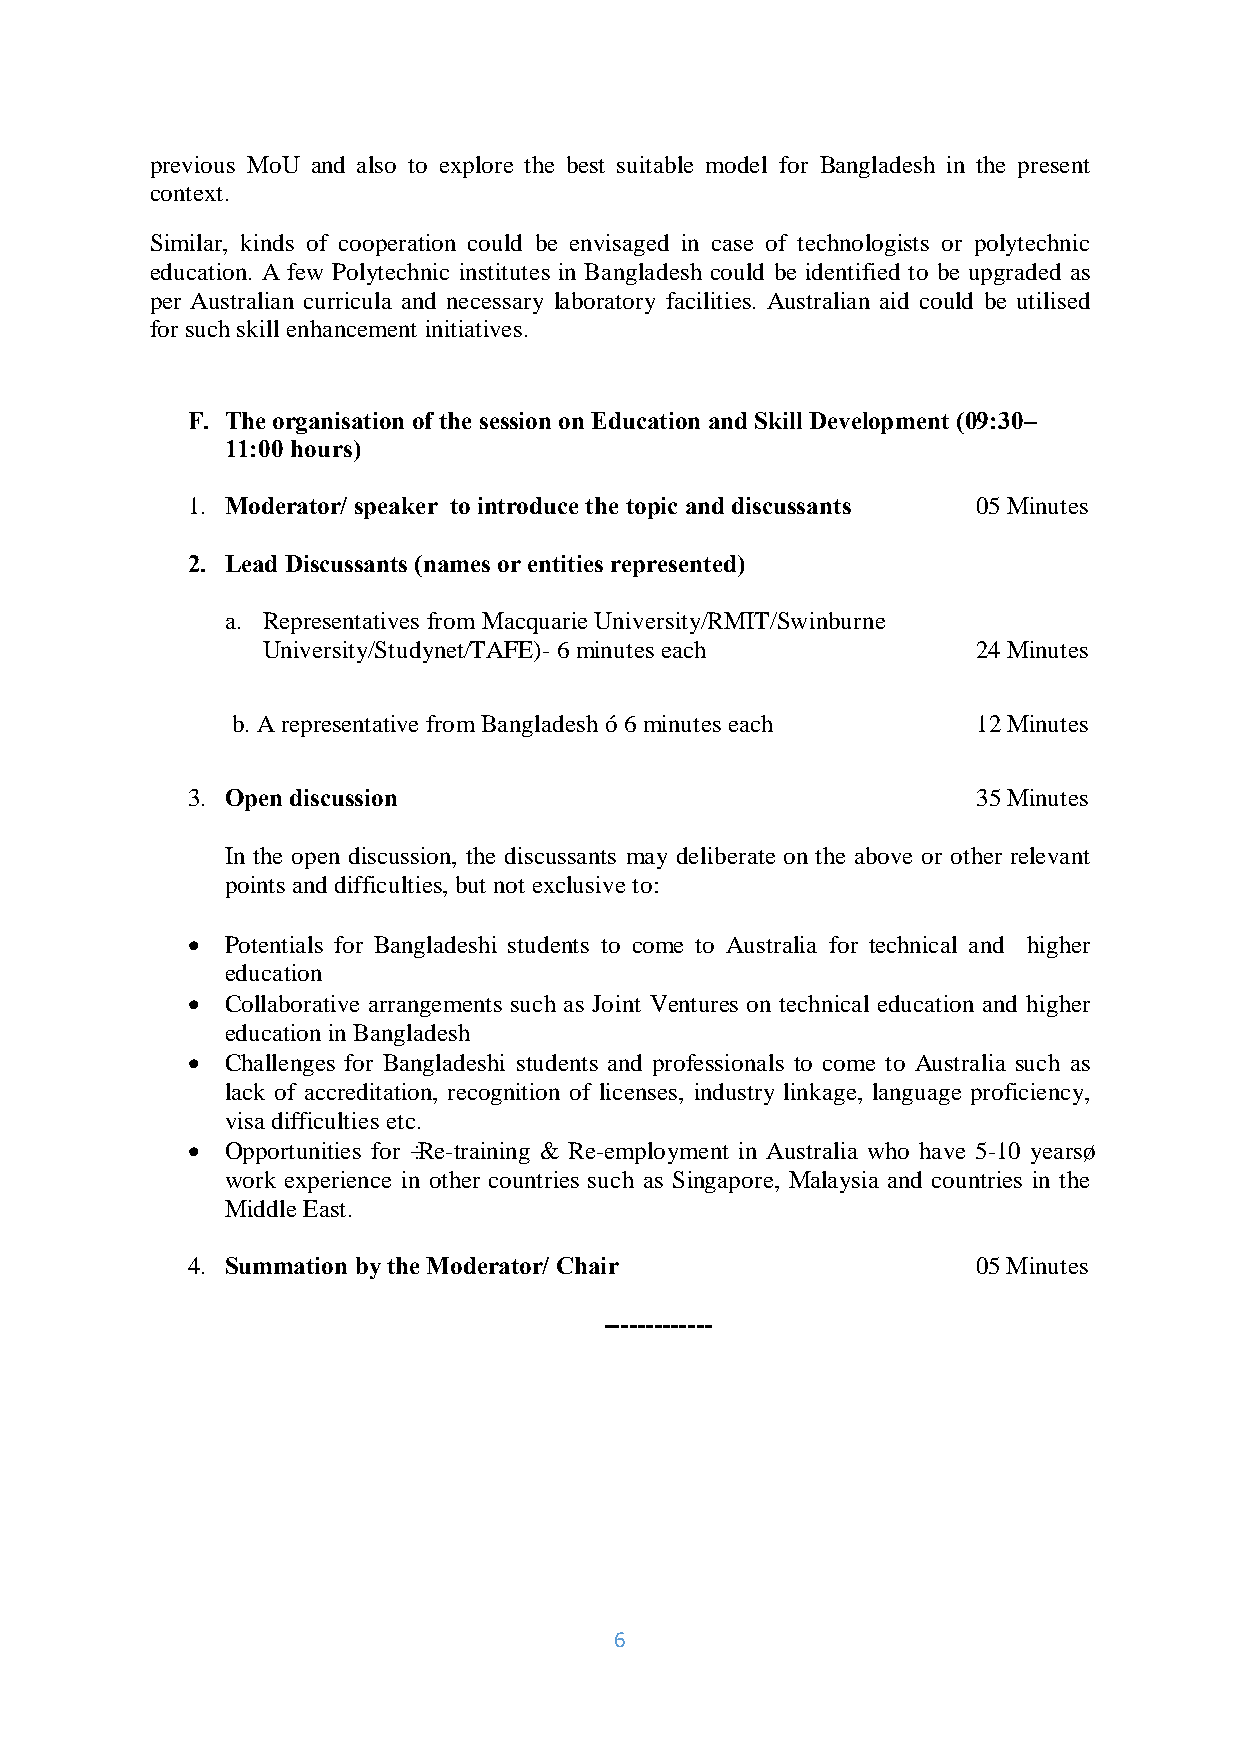
previous MoU and also to explore the best suitable model for Bangladesh in the present
 context.
 Similar, kinds of cooperation could be envisaged in case of technologists or polytechnic
 education. A few Polytechnic institutes in Bangladesh could be identified to be upgraded as
 per Australian curricula and necessary laboratory facilities. Australian aid could be utilised
 for such skill enhancement initiatives.
 F. The organisation of the session on Education and Skill Development (09:30–
 11:00 hours)
 1. Moderator/ speaker to introduce the topic and discussants 05 Minutes
 2. Lead Discussants (names or entities represented)
 a. Representatives from Macquarie University/RMIT/Swinburne
 University/Studynet/TAFE)- 6 minutes each       24 Minutes
 b. A representative from Bangladesh – 6 minutes each 12 Minutes
 3. Open discussion                                   35 Minutes
 In the open discussion, the discussants may deliberate on the above or other relevant
 points and difficulties, but not exclusive to:
 •  Potentials for Bangladeshi students to come to Australia for technical and higher
 education
 •  Collaborative arrangements such as Joint Ventures on technical education and higher
 education in Bangladesh
 •  Challenges for Bangladeshi students and professionals to come to Australia such as
 lack of accreditation, recognition of licenses, industry linkage, language proficiency,
 visa difficulties etc.
 •  Opportunities for ‘Re-training & Re-employment in Australia who have 5-10 years’
 work experience in other countries such as Singapore, Malaysia and countries in the
 Middle East.
 4. Summation by the Moderator/ Chair                 05 Minutes
 -------------
 6